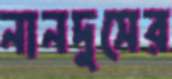
নানদুসের